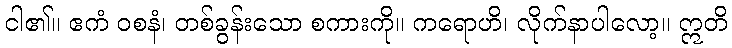
ငါ၏။ ဧကံ ဝစနံ၊ တစ်ခွန်းသော စကားကို။ ကရောဟိ၊ လိုက်နာပါလော့။ ဣတိ